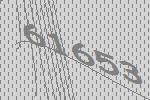
61653